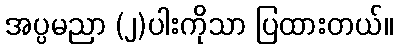
အပ္ပမညာ (၂)ပါးကိုသာ ပြထားတယ်။